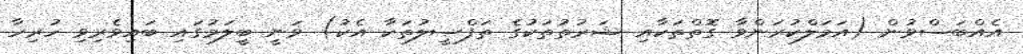
އެއްބަސްވުން (އަމަލްކުރަންވާ ގޮތްތަކާއި ޝަރުތުތަކުގެ ތަފްޞީލުތަކާ އެކު) ވަނީ ބީލަމުގައި ބައިވެރިވި ހުރިހާ